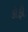
કોફી